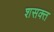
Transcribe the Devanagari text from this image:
शसक्त